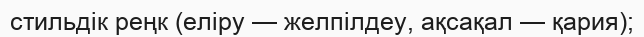
стильдік реңк (еліру — желпілдеу, ақсақал — қария);